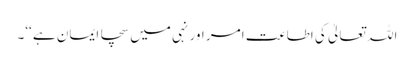
اللہ تعالیٰ کی اطاعت امر اور نہی میں سچا ایمان ہے ‘‘۔